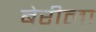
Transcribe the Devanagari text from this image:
बेरीला